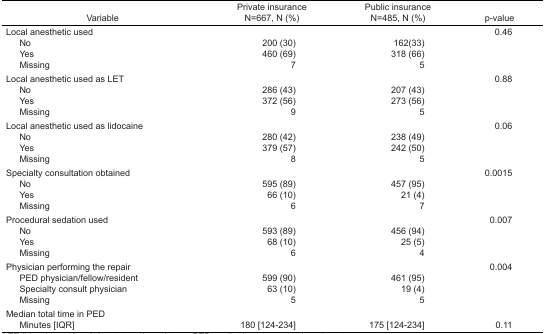
| Variable | Private insuranceN=667, N (%) | Public insuranceN=485, N (%) | p-value |
 | --- | --- | --- | --- |
 | Local anesthetic used |  |  | 0.46 |
 | No | 200 (30) | 162(33) |  |
 | Yes | 460 (69) | 318 (66) |  |
 | Missing | 7 | 5 |  |
 | Local anesthetic used as LET |  |  | 0.88 |
 | No | 286 (43) | 207 (43) |  |
 | Yes | 372 (56) | 273 (56) |  |
 | Missing | 9 | 5 |  |
 | Local anesthetic used as lidocaine |  |  | 0.06 |
 | No | 280 (42) | 238 (49) |  |
 | Yes | 379 (57) | 242 (50) |  |
 | Missing | 8 | 5 |  |
 | Specialty consultation obtained |  |  | 0.0015 |
 | No | 595 (89) | 457 (95) |  |
 | Yes | 66 (10) | 21 (4) |  |
 | Missing | 6 | 7 |  |
 | Procedural sedation used |  |  | 0.007 |
 | No | 593 (89) | 456 (94) |  |
 | Yes | 68 (10) | 25 (5) |  |
 | Missing | 6 | 4 |  |
 | Physician performing the repair |  |  | 0.004 |
 | PED physician/fellow/resident | 599 (90) | 461 (95) |  |
 | Specialty consult physician | 63 (10) | 19 (4) |  |
 | Missing | 5 | 5 |  |
 | <COLSPAN=4> Median total time in PED |
 | Minutes [IQR] | 180 [124–234] | 175 [124–234] | 0.11 |